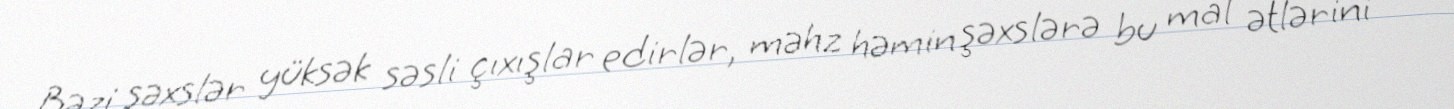
Bəzi şəxslər yüksək səsli çıxışlar edirlər, məhz həmin şəxslərə bu mal ətlərini